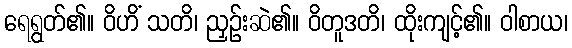
ရေရွတ်၏။ ဝိဟိံ သတိ၊ ညှဉ်းဆဲ၏။ ဝိတူဒတိ၊ ထိုးကျင့်၏။ ဝါစာယ၊